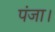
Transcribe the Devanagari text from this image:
पंजा।